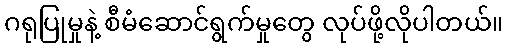
ဂရုပြုမှုနဲ့ စီမံဆောင်ရွက်မှုတွေ လုပ်ဖို့လိုပါတယ်။